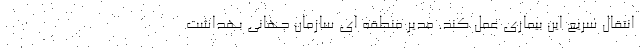
انتقال سریع این بیماری عمل کند. مدیر منطقه ای سازمان جهانی بهداشت